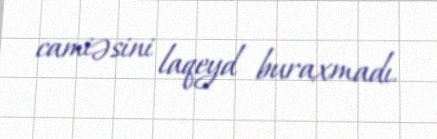
camiəsini laqeyd buraxmadı.